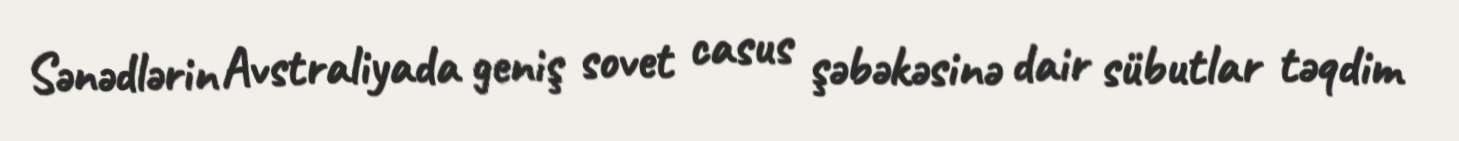
Sənədlərin Avstraliyada geniş sovet casus şəbəkəsinə dair sübutlar təqdim